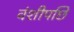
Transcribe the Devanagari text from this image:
वंशीपछि